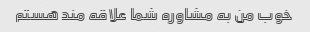
خوب من به مشاوره شما علاقه مند هستم